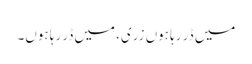
میں ڈر رہا ہوں زری، میں ڈر رہا ہوں۔